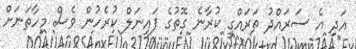
އަދި އެ ސަރަައްދު ތަރައްގީ ކުރާނެ ގޮތުގެ ފައިނަލް ކުރެހުން ވެސް މިހާތަނަށް